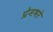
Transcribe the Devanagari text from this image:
प्रेमभरे